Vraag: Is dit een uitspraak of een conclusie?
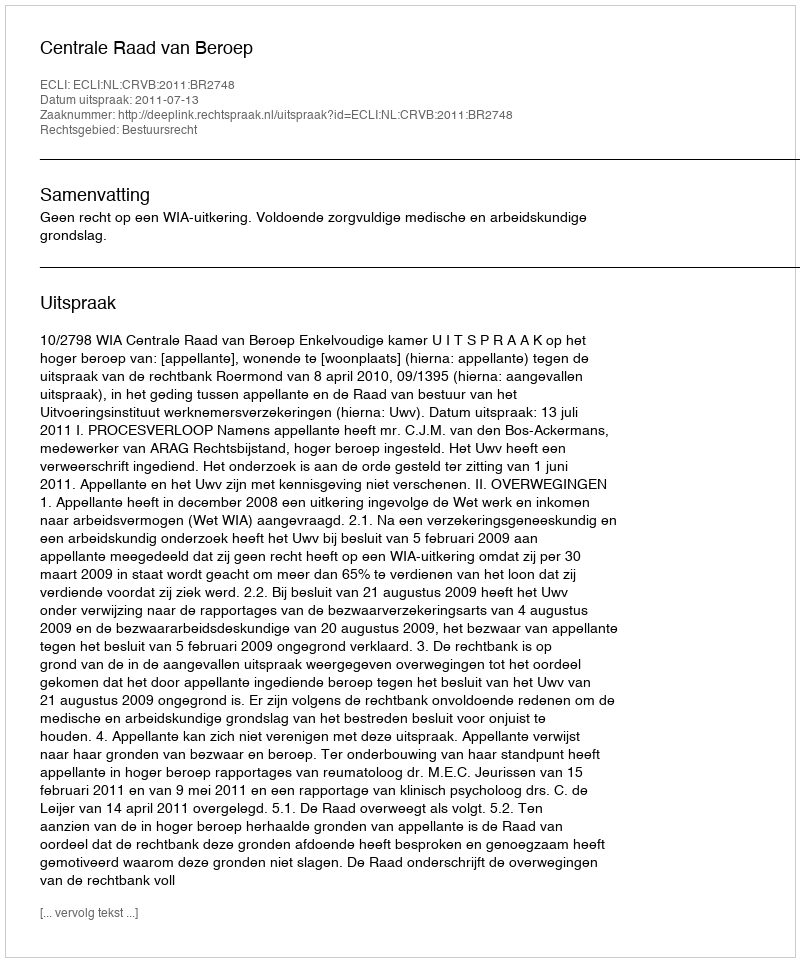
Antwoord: Uitspraak